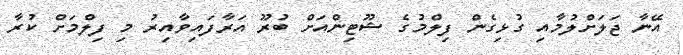
އޭނާ ޖަލަށްލުމާއި ގުޅިގެން ފިލްމުގެ ޝޫޓިންއަށް ބުރޫ އަރާފައިވާއިރު މި ފިލްމަށް ކުރާ